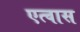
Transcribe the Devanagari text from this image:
एत्वास